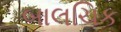
બાલચિક